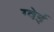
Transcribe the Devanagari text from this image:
ग्वेई